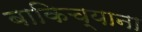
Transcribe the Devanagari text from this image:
बाकिच्याना